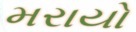
મરાયો